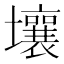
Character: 壤